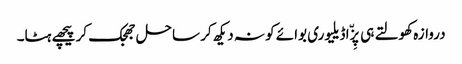
دروازہ کھولتے ہی پِزّا ڈیلیوری بوائے کو نہ دیکھ کر ساحل جھجک کر پیچھے ہٹا۔